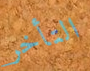
التأخر